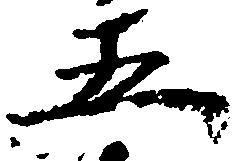
五